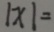
\vert x \vert =